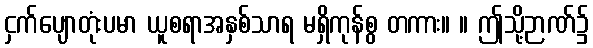
ငှက်ပျောတုံးပမာ ယူစရာအနှစ်သာရ မရှိကုန်စွ တကား။ ။ ဤသို့ဉာဏ်၌